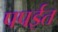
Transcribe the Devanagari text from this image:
पपईत